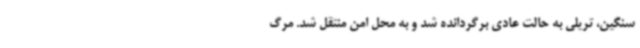
سنگین، تریلی به حالت عادی برگردانده شد و به محل امن منتقل شد. مرگ